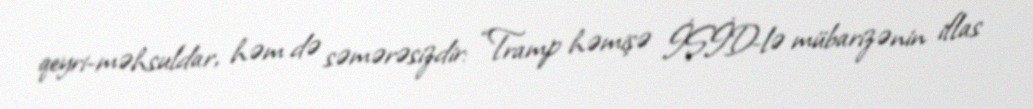
qeyri-məhsuldar, həm də səmərəsizdir: “Tramp həmişə İŞİD-lə mübarizənin iflas